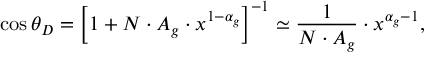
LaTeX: \cos \theta _ { D } = \Bigl [ 1 + N \cdot A _ { g } \cdot x ^ { 1 - \alpha _ { g } } \Bigr ] ^ { - 1 } \simeq { \frac { 1 } { N \cdot A _ { g } } } \cdot x ^ { \alpha _ { g } - 1 } ,